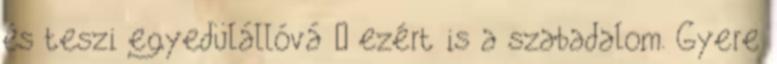
és teszi egyedülállóvá – ezért is a szabadalom. Gyere